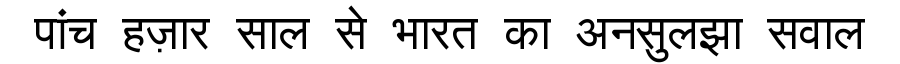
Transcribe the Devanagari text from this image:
पांच हज़ार साल से भारत का अनसुलझा सवाल